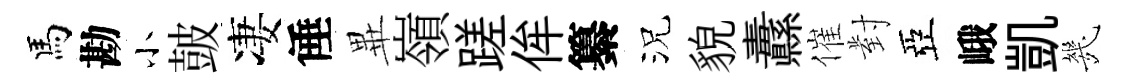
馬勘小皷凄倕𭺾嶺蹉侔纂況貌纛催對亞峨凱㡬